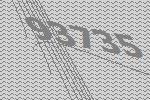
93735